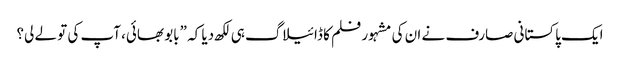
ایک پاکستانی صارف نے ان کی مشہور فلم کا ڈائیلاگ ہی لکھ دیا کہ ”بابو بھائی، آپ کی تو لے لی؟